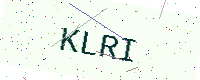
Text: KLRI